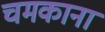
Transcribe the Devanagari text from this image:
चमकाना